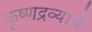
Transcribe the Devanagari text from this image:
कृष्णद्रव्याचे